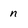
Character: n